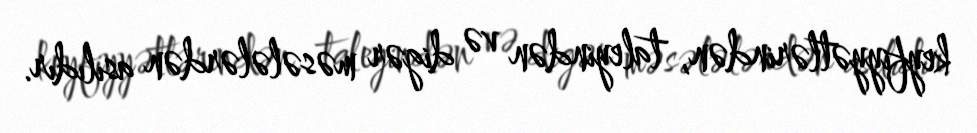
keyfiyyətlərindən, taleyindən və digər məsələlərdən asılıdır.